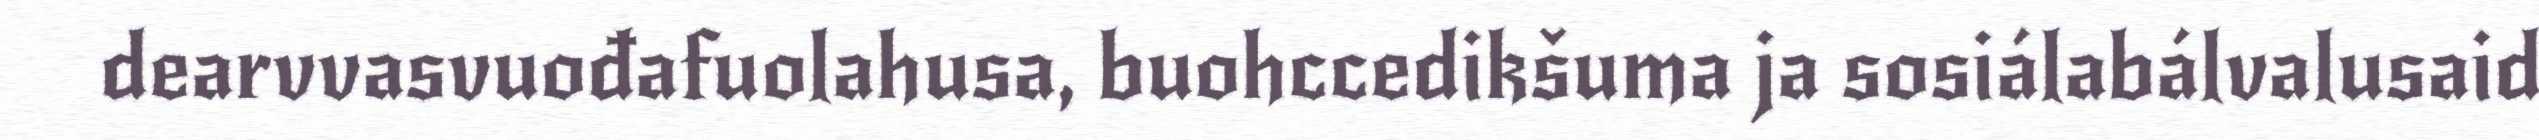
dearvvasvuođafuolahusa, buohccedikšuma ja sosiálabálvalusaid